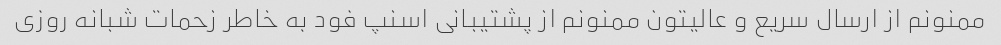
ممنونم از ارسال سریع و عالیتون ممنونم از پشتیبانی اسنپ فود به خاطر زحمات شبانه روزی